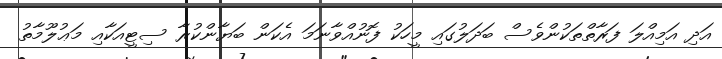
އަދި އަމިއްލަ ފަރާތްތަކުންވެސް ބަދަލުގައި މީހަކު ފޮނުއްވާނަމަ އެކަން ބަޔާންކުރާ ސިޓީއަކާއި މަޢުލޫމާތު